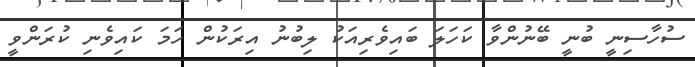
ސުހާސިނީ ބުނީ ބޭނުންވާ ކަހަލަ ބައިވެރިއަކު ލިބުނު އިރަކުން ހަމަ ކައިވެނި ކުރަންވީ